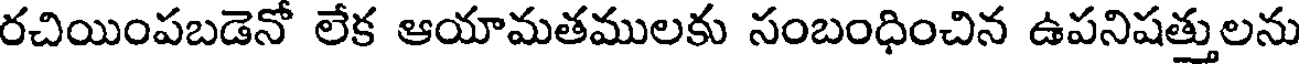
రచియింపబడెనో లేక ఆయామతములకు సంబంధించిన ఉపనిషత్తులను